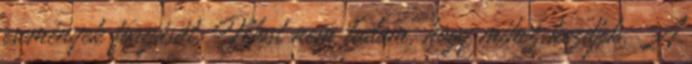
események forgását. Most nem tudom, hogy mihez kezdjek. A